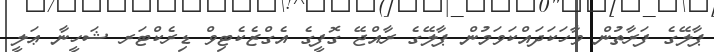
ޕާލޭގެ ފަރާތުން ވާހަކަދައްކަވަމުން ޕާލޭގެ ރާއްޖޭ ގޮފީގެ އެގްޒެކެޓިވް ޑިރެކްޓަރ ޝަހީނާ ޢަލީ